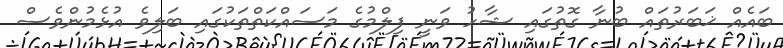
ބައެއް ޚަބަރުތައް ބުނާ ގޮތުގައި ޝާހު ވަނީ ފިލްމުގެ މަސައްކަތްތަކުގައި ބަލިވެ އުޅެމުންވެސް